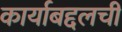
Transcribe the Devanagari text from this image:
कार्याबद्दलची